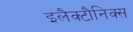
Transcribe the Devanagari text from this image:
इलैक्टौनिक्स